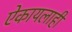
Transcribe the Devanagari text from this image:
ऐकायलाही